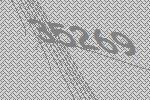
35269